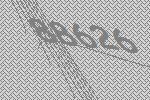
88626